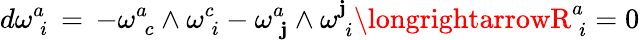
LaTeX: d\omega_{\phantom{i}i}^{a}\, =\, -\omega_{\phantom{c}c}^{a}\wedge\omega_{\phantom{i}i}^{c}-\omega_{\phantom{\mathbf{j}}\mathbf{j}}^{a}\wedge\omega_{\phantom{i}i}^{\mathbf{j}}\longrightarrowR_{\phantom{i}i}^{a}=0